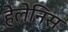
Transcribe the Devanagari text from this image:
हेलेनिस